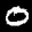
Label: 0